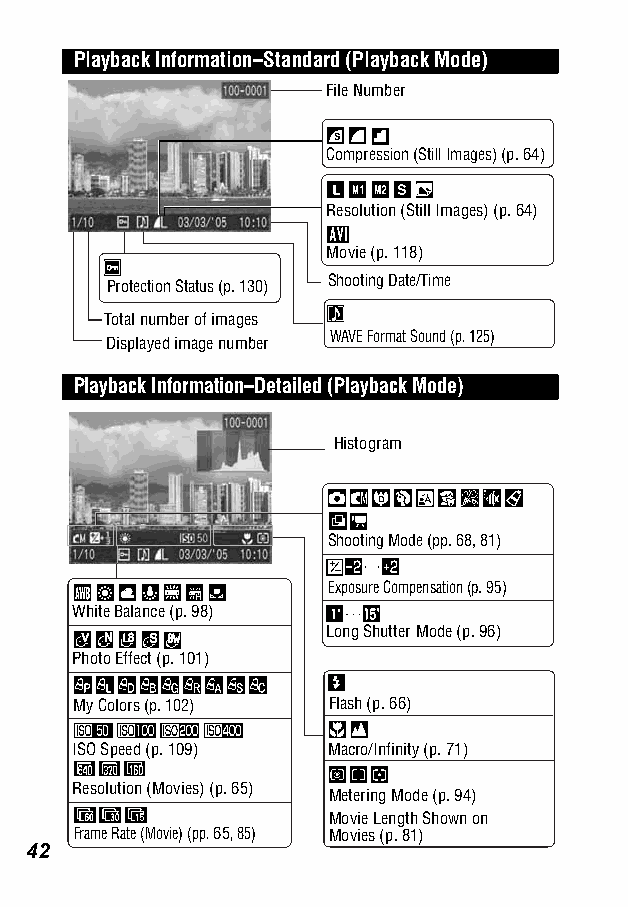
Playback Information–Standard (Playback Mode)
 File Number
 Compression (Still Images) (p. 64)
 Resolution (Still Images) (p. 64)
 Movie (p. 118)
 Protection Status (p. 130) Shooting Date/Time
 Total number of images
 WAVE Format Sound (p. 125)
 Displayed image number
 Playback Information–Detailed (Playback Mode)
 Histogram
 Shooting Mode (pp. 68, 81)
 Exposure Compensation (p. 95)
 White Balance (p. 98)
 Long Shutter Mode (p. 96)
 Photo Effect (p. 101)
 My Colors (p. 102) Flash (p. 66)
 ISO Speed (p. 109) Macro/Infinity (p. 71)
 Resolution (Movies) (p. 65)
 Metering Mode (p. 94)
 Movie Length Shown on
 Frame Rate (Movie) (pp. 65, 85) Movies (p. 81)
 42